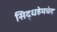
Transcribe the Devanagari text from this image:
सिद्धहेमचंद्र